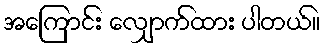
အကြောင်း လျှောက်ထား ပါတယ်။